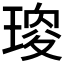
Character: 𤧯